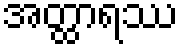
အတ္ထာရဿ